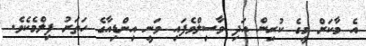
އެ މާކަށް މީގެ ކުރިން އަދި ވާސިލްވެފައި ވަނީ އިންޑިއާގެ ހަތަރު ފިލްމެކެވެ.